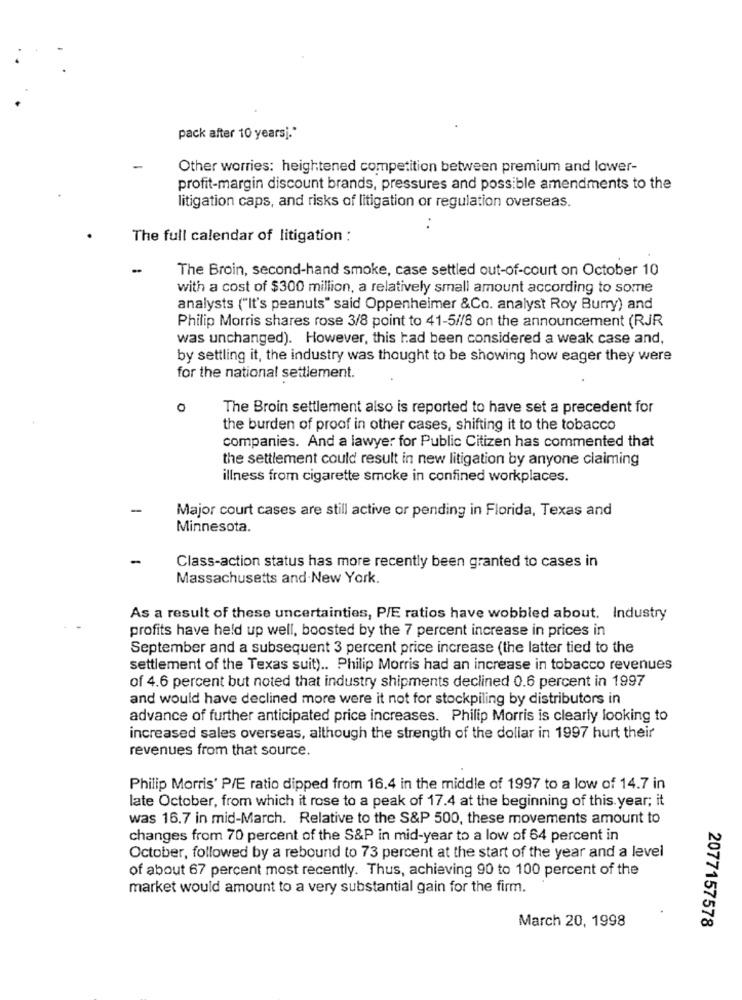
pack after 10 yearsj."
Other worries: heightened competition between premium and lower-
profit-margin discount brands, pressures and possible amendments to the
litigation caps, and risks of litigation or regulation overseas.
..
The full calendar of litigation :
-
The Broin, second-hand smoke, case settled out-of-court on October 10
with a cost of $300 million, a relatively small amount according to some
analysts ("It's peanuts" said Oppenheimer &Co. analyst Roy Burry) and
Philip Morris shares rose 3/8 point to 41-5//8 on the announcement (RJR
was unchanged). However, this had been considered a weak case and,
by settling it, the industry was thought to be showing how eager they were
for the national settlement.
The Broin settlement also is reported to have set a precedent for
the burden of proof in other cases, shifting it to the tobacco
companies. And a lawyer for Public Citizen has commented that
the settlement could result in new litigation by anyone claiming
illness from cigarette smoke in confined workplaces.
-
Major court cases are still active or pending in Florida, Texas and
Minnesota.
-
Class-action status has more recently been granted to cases in
Massachusetts and New York.
As a result of these uncertainties, P/E ratios have wobbled about. Industry
profits have held up well, boosted by the 7 percent increase in prices in
September and a subsequent 3 percent price increase (the latter tied to the
settlement of the Texas suit) .. Philip Morris had an increase in tobacco revenues
of 4.6 percent but noted that industry shipments declined 0.6 percent in 1997
and would have declined more were it not for stockpiling by distributors in
advance of further anticipated price increases. Philip Morris is clearly looking to
increased sales overseas, although the strength of the dollar in 1997 hurt their
revenues from that source.
Philip Morris' P/E ratio dipped from 16.4 in the middle of 1997 to a low of 14.7 in
late October, from which it rose to a peak of 17.4 at the beginning of this year; it
was 16.7 in mid-March. Relative to the S&P 500, these movements amount to
changes from 70 percent of the S&P in mid-year to a low of 64 percent in
October, followed by a rebound to 73 percent at the start of the year and a level
of about 67 percent most recently. Thus, achieving 90 to 100 percent of the
market would amount to a very substantial gain for the firm.
March 20, 1998
2077157578